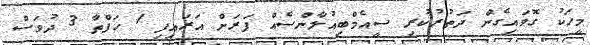
މީހަކު ގޮވައިގެން ދަތުރުކުރި ސީއެމްބިއުލާންސެއް ފަރަށް އަރައިފި 1 ހަފްތާ 3 ދުވަސް